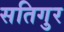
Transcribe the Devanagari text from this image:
सतिगुर